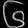
Digit: ၆